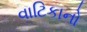
વાટિકાનો